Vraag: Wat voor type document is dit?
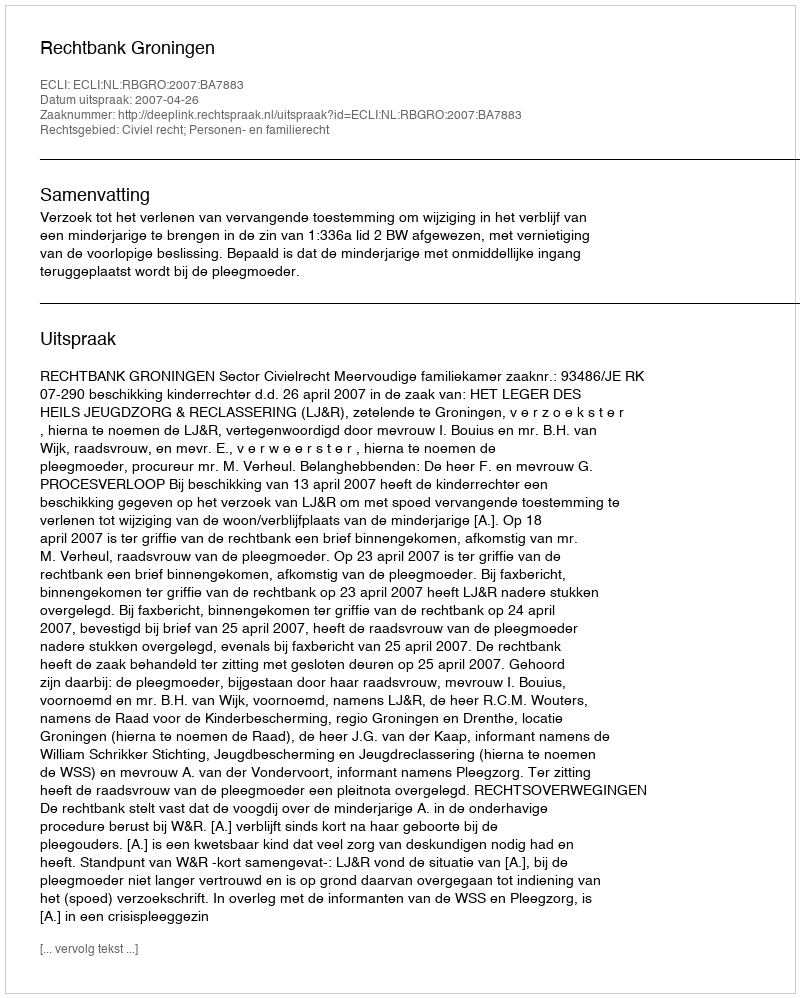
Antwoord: Uitspraak